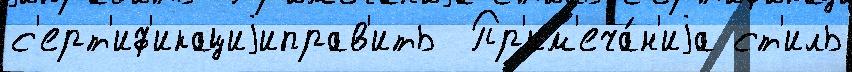
с'ерт'иф'икациjиправ'ить  Пр'им'еча́н'иjа ст'иль